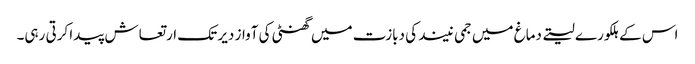
اس کے ہلکورے لیتے دماغ میں جمی نیند کی دبازت میں گھنٹی کی آواز دیر تک ارتعاش پیدا کرتی رہی۔